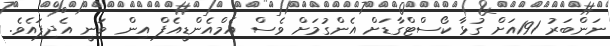
ނަންބަރު 191އަށް ގުޅާ ކޯސްޓްގާޑަށް އެންގުމަށް ވެސް އެމްއެންޑީއެފް އިން ވަނީ އެދިފައެވެ.